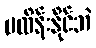
မထိန်းနိုင်ဘဲ